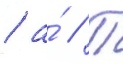
/ а́ // П